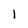
Character: 1